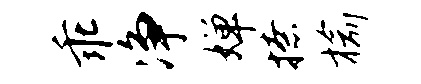
乖净婵撩榆